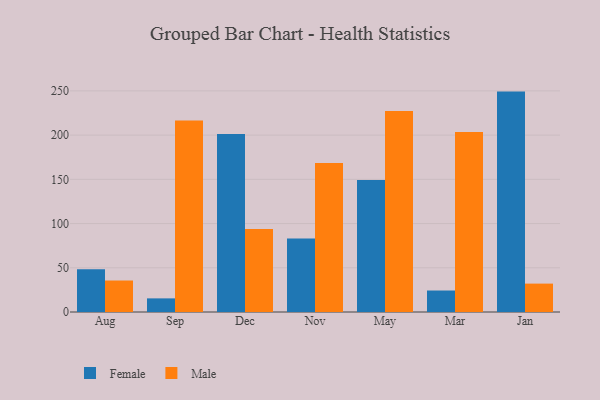
{"axis": {"x": "Month", "y": "Active Users"}, "legend": ["Female", "Male"], "data": [{"x": "Aug", "y": 48.3, "type": "Female"}, {"x": "Aug", "y": 35.6, "type": "Male"}, {"x": "Sep", "y": 15.4, "type": "Female"}, {"x": "Sep", "y": 216.6, "type": "Male"}, {"x": "Dec", "y": 201.3, "type": "Female"}, {"x": "Dec", "y": 93.8, "type": "Male"}, {"x": "Nov", "y": 83.0, "type": "Female"}, {"x": "Nov", "y": 168.5, "type": "Male"}, {"x": "May", "y": 149.2, "type": "Female"}, {"x": "May", "y": 227.3, "type": "Male"}, {"x": "Mar", "y": 24.3, "type": "Female"}, {"x": "Mar", "y": 203.6, "type": "Male"}, {"x": "Jan", "y": 249.2, "type": "Female"}, {"x": "Jan", "y": 32.1, "type": "Male"}]}